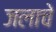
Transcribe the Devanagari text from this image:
जलाचे